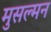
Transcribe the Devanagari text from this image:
मुसल्मन